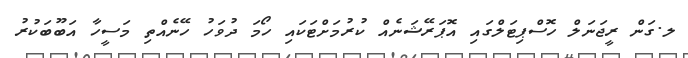
ލ.ގަން ރީޖަނަލް ހޮސްޕިޓަލްގައި އޮޕަރޭޝަނެއް ކުރުމަށްޓަކައި ހޯމަ ދުވަހު ހޭނެއްތި މަސީހާ އަބޫބަކުރު